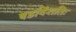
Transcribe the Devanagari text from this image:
षडविंशतिः